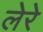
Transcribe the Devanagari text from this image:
लेरे